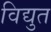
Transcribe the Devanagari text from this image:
विद्युत